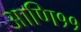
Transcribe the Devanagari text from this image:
आणि११